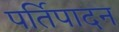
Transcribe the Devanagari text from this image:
पर्तिपादन